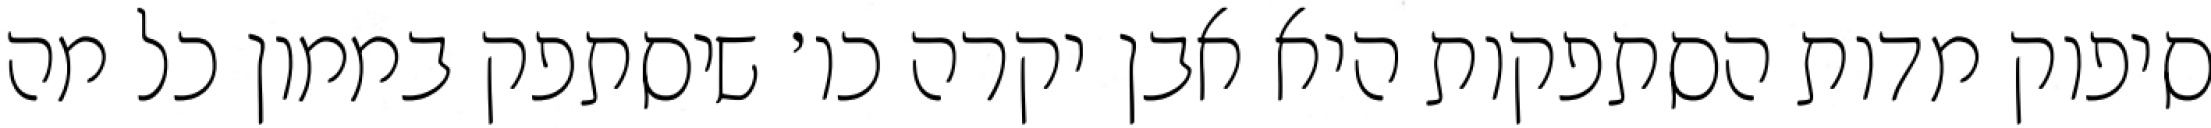
סיפוק מדות הסתפקות היא אבן יקרה כו׳ שיסתפק בממון כל מה